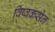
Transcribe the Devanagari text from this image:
विष्वकसेन